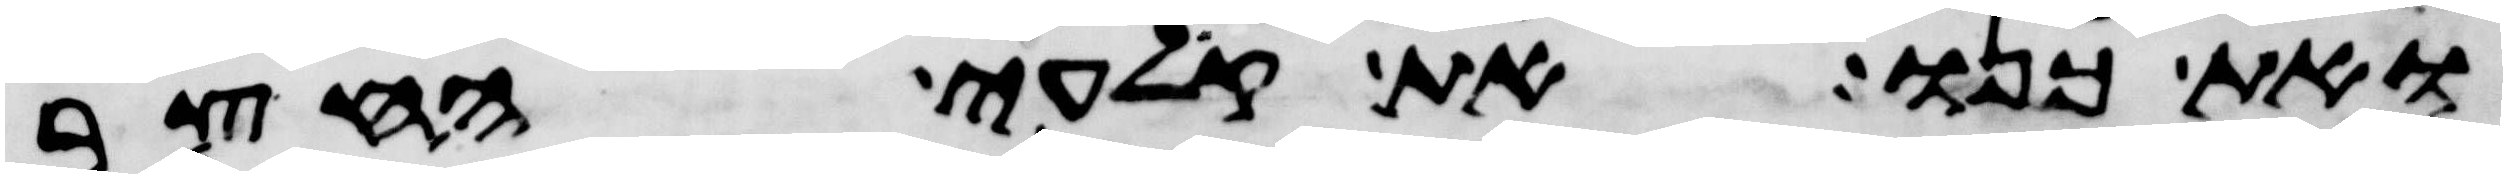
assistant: ואת כנו את קלעי החצר